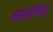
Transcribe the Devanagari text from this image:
महायोगिनी